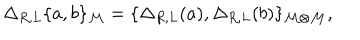
LaTeX: \Delta _ { R , L } \{ a , b \} _ { { \cal M } } = \{ \Delta _ { R , L } ( a ) , \Delta _ { R , L } ( b ) \} _ { { \cal M \otimes } { \cal M } } ,